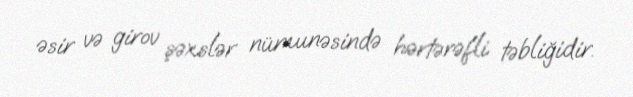
əsir və girov şəxslər nümunəsində hərtərəfli təbliğidir.